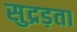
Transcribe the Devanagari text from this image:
सुद्रड़ता